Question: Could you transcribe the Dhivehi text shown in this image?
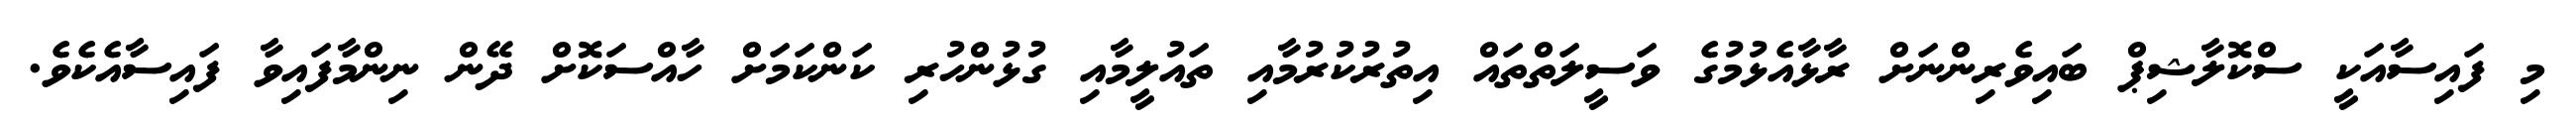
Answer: މި ފައިސާއަކީ ސްކޮލާޝިޕް ބައިވެރިންނަށް ރާޅާއެޅުމުގެ ވަސީލަތްތައް އިތުރުކުރުމާއި ތައުލީމާއި ގުޅުންހުރި ކަންކަމަށް ހާއްސަކޮށް ދޭން ނިންމާފައިވާ ފައިސާއެކެވެ.